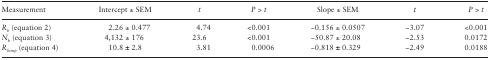
<table><thead><tr><td><b>Measurement</b></td><td><b>Intercept ± SEM</b></td><td><b><i>t</i></b></td><td><b><i>P &gt; t</i></b></td><td><b>Slope ± SEM</b></td><td><b><i>t</i></b></td><td><b><i>P &gt; t</i></b></td></tr></thead><tbody><tr><td><i>R</i><sub><i>b</i></sub> (equation 2)</td><td>2.26 ± 0.477</td><td>4.74</td><td>&lt;0.001</td><td>−0.156 ± 0.0507</td><td>−3.07</td><td>&lt;0.001</td></tr><tr><td><i>N</i><sub><i>b</i></sub> (equation 3)</td><td>4,132 ± 176</td><td>23.6</td><td>&lt;0.001</td><td>−50.87 ± 20.08</td><td>−2.53</td><td>0.0172</td></tr><tr><td><i>R</i><sub><i>bimp</i></sub> (equation 4)</td><td>10.8 <b>±</b> 2.8</td><td>3.81</td><td>0.0006</td><td>−0.818 <b>±</b> 0.329</td><td>−2.49</td><td>0.0188</td></tr></tbody></table>